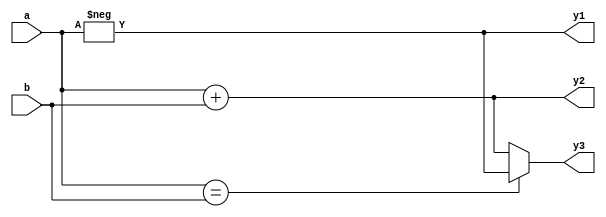
// Taken from GitHub issue 11 : Syntax error on operator attributes.

module test(input [3:0] a, b, output [3:0] y1, y2, y3);

assign y1 = - (* foo = "bar" *) a;
assign y2 = a + (* foobar = 42 *) b;
assign y3 = a == b ? (* foobar *) y1 : y2;

endmodule